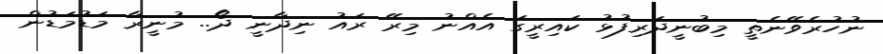
ނުހުރެވޭނެތީ މިބުނީދަރިފުޅު ކައިރީގަ އެއްނު މިރޭ ރައު ނިދާނީ ދޯ.. މުނީރާ މަޑުމަޑުން